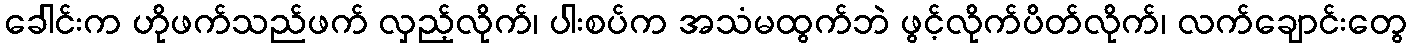
ခေါင်းက ဟိုဖက်သည်ဖက် လှည့်လိုက်၊ ပါးစပ်က အသံမထွက်ဘဲ ဖွင့်လိုက်ပိတ်လိုက်၊ လက်ချောင်းတွေ